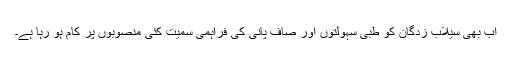
اب بھی سیلاب زدگان کو طبی سہولتوں اور صاف پانی کی فراہمی سمیت کئی منصوبوں پر کام ہو رہا ہے۔